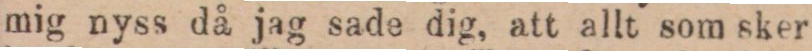
mig nyss då jag sade dig, att allt som sker